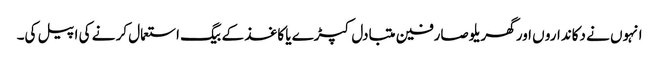
انہوں نے دکاندارو ں اور گھریلو صارفین متبادل کپڑے یا کاغذ کے بیگ استعمال کر نے کی اپیل کی۔